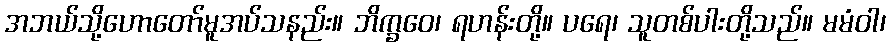
အဘယ်သို့ဟောတော်မူအပ်သနည်း။ ဘိက္ခဝေ၊ ရဟန်းတို့။ ပရေ၊ သူတစ်ပါးတို့သည်။ မမံဝါ၊